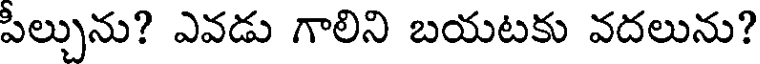
పీల్చును? ఎవడు గాలిని బయటకు వదలును?